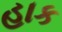
હાક